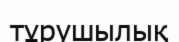
тұрушылық